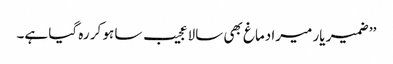
’’ ضمیر یار میرا دماغ بھی سالا عجیب سا ہو کر رہ گیا ہے۔